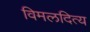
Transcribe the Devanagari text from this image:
विमलदित्य